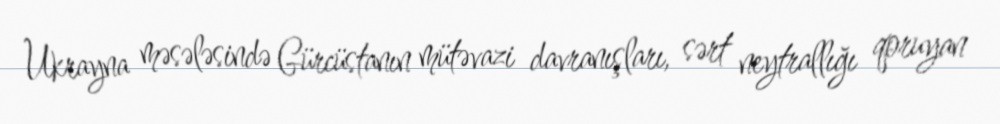
Ukrayna məsələsində Gürcüstanın mütəvazi davranışları, sərt neytrallığı qoruyan